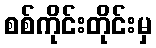
စစ်ကိုင်းတိုင်းမှ